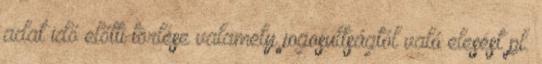
adat idő előtti törlése valamely jogosultságtól való elesést pl.